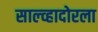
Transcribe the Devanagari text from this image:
साल्व्हादोरला